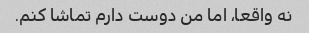
نه واقعا، اما من دوست دارم تماشا کنم.